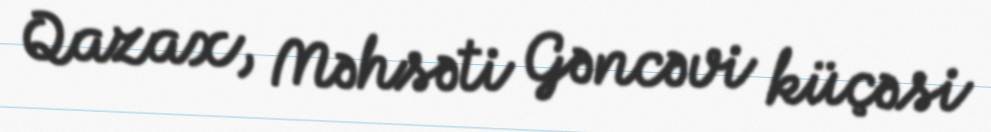
Qazax, Məhsəti Gəncəvi küçəsi